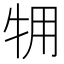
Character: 𱭫